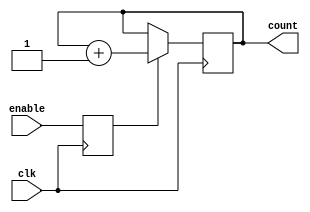
module up_counter(
    input clk,
    input enable,
    output reg [3:0] count
);

// Synchronization block for enable signal
reg sync_enable;
always @(posedge clk) begin
    sync_enable <= enable;
end

// Timing control block
always @(posedge clk) begin
    if (sync_enable) begin
        count <= count + 1;
    end
end

endmodule